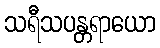
သရီသပန္တရာယော